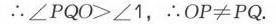
图中内容的LaTeX格式为：
\textcircled{1}当\(BE\)为平行四边形的边时，连接\(BE\)交对